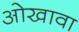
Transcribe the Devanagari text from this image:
ओखावा